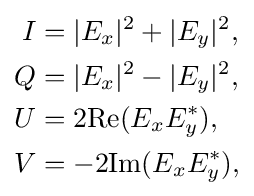
{\begin{aligned}I&=|E_{x}|^{2}+|E_{y}|^{2},\\Q&=|E_{x}|^{2}-|E_{y}|^{2},\\U&=2\mathrm {Re} (E_{x}E_{y}^{*}),\\V&=-2\mathrm {Im} (E_{x}E_{y}^{*}),\\\end{aligned}}